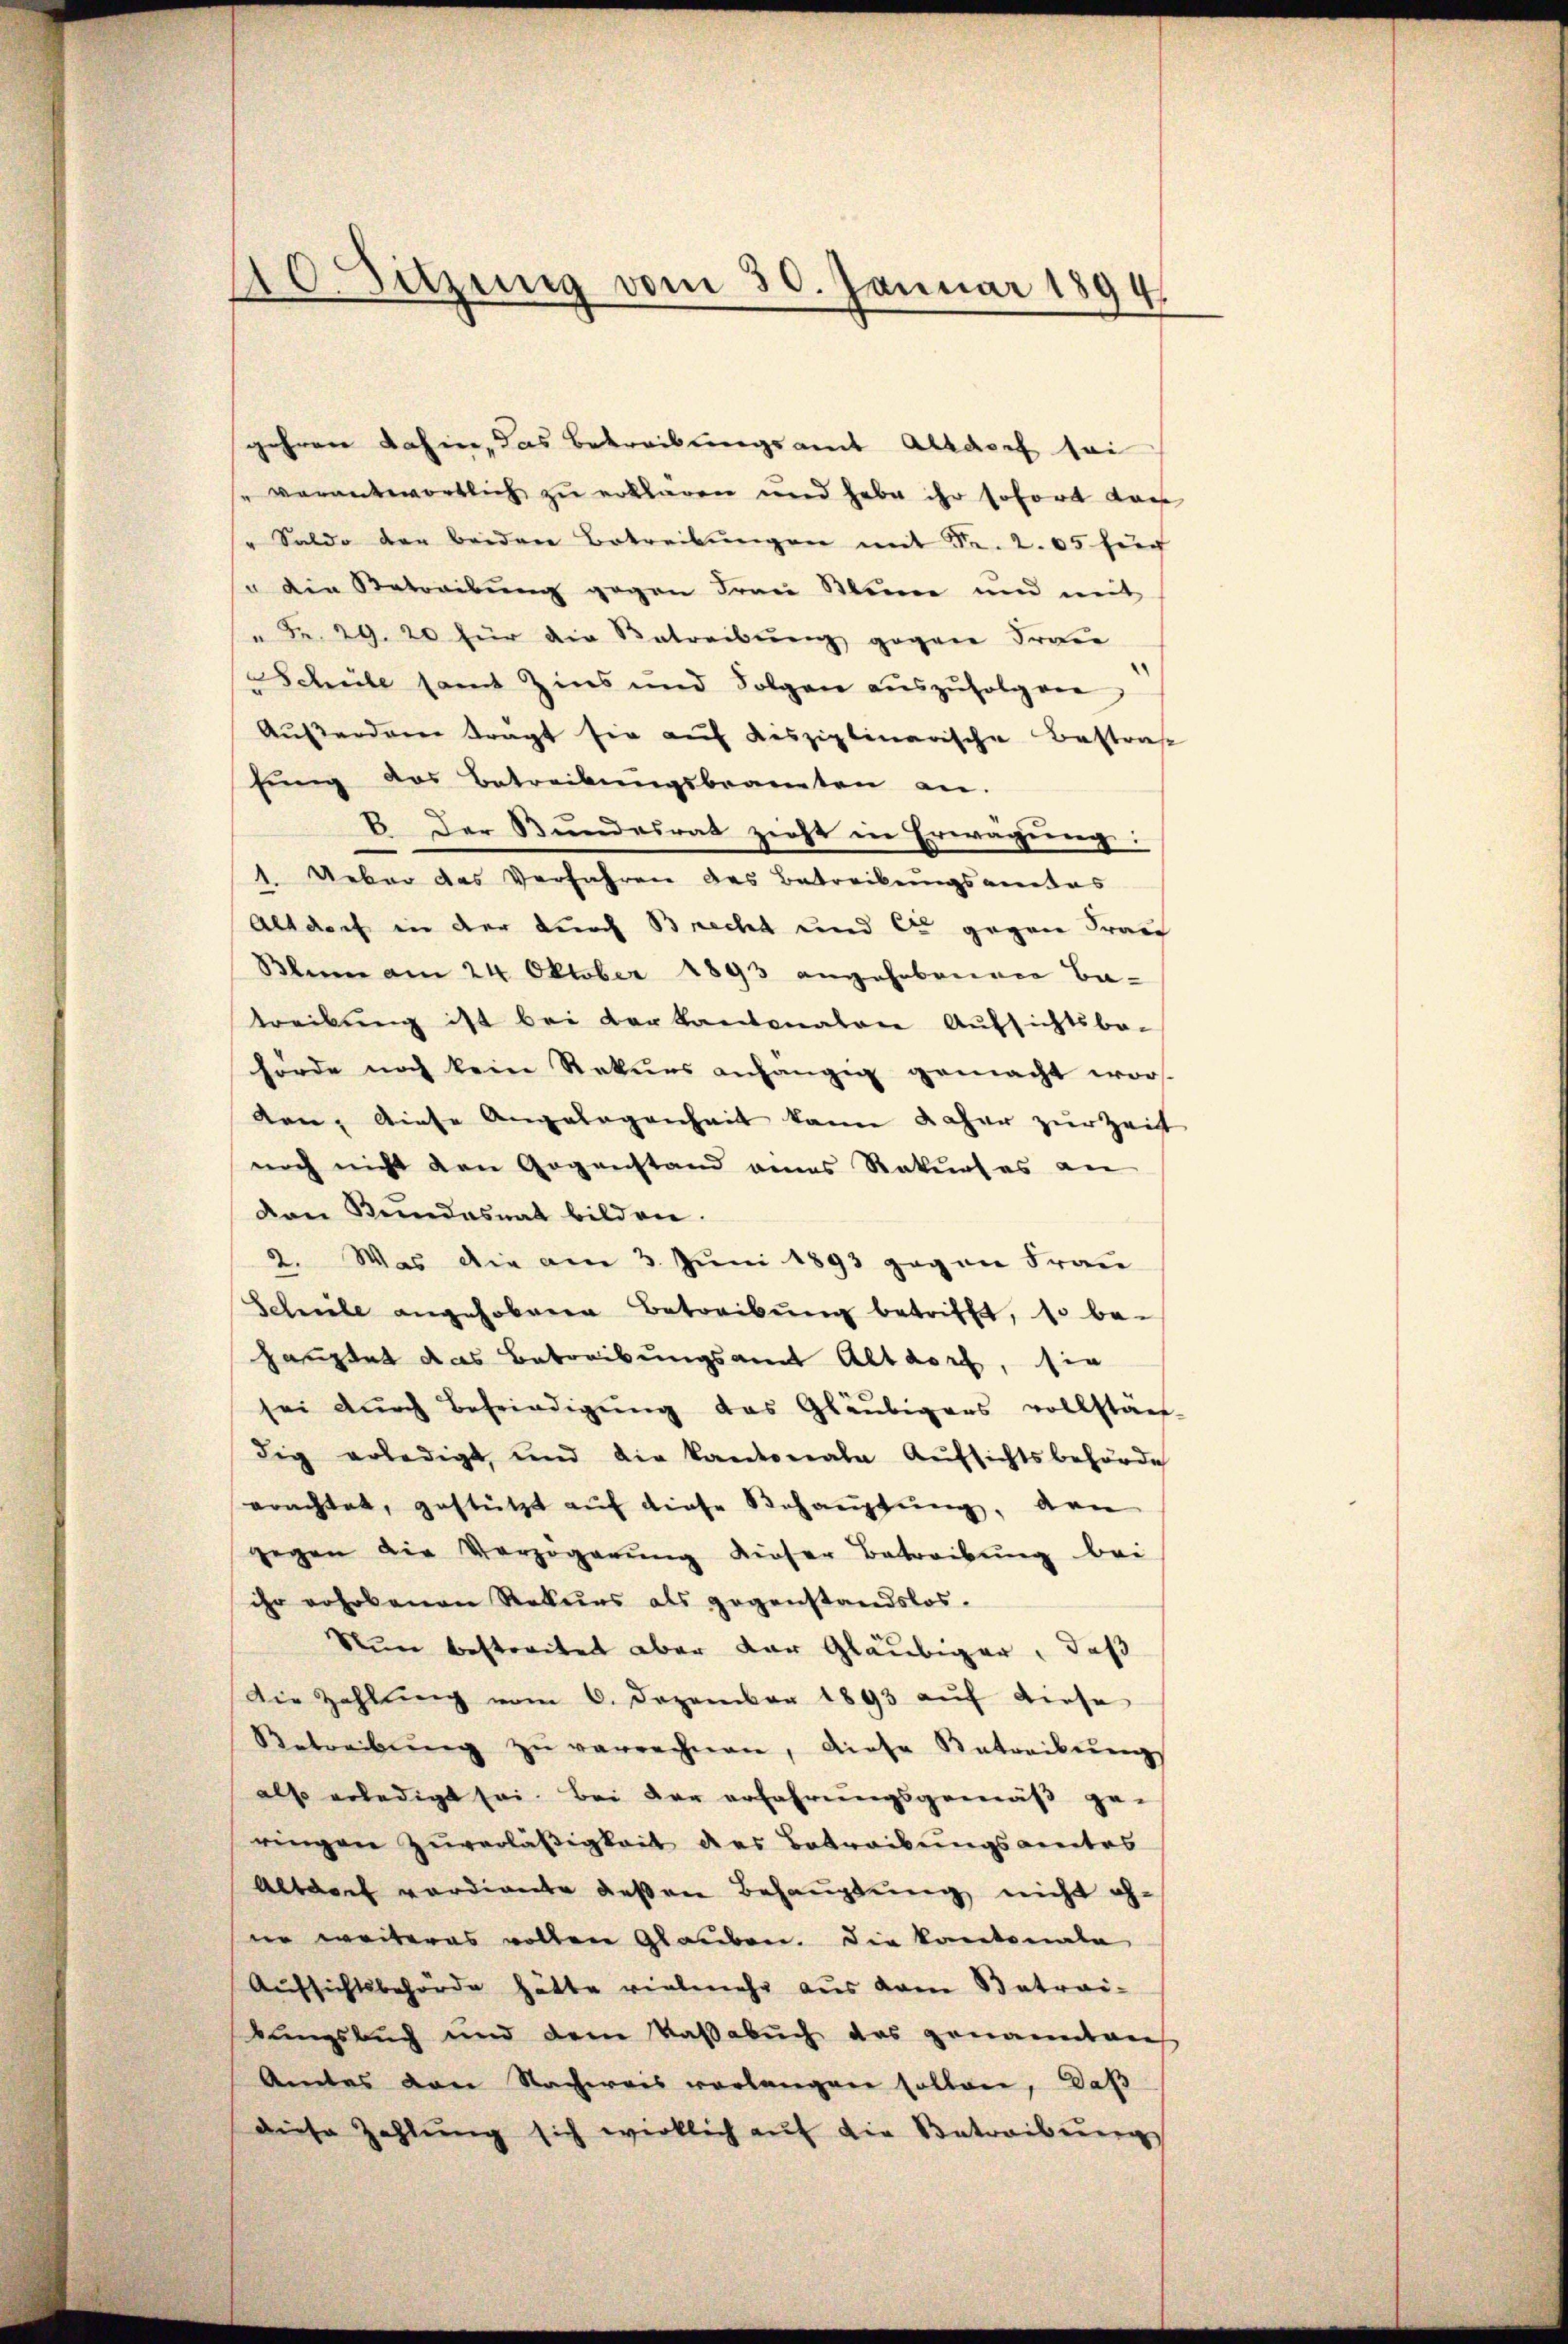
40. Sitzung vom 30. Januar 1894.

gehren dahin, das Betreibungsamt Altdorf sei
" verantwortlich zu erklären und habe ihr sofort dar
" Saldo der beiden Betreibŭngen mit Fr. 2. 65 für
u den Betreibung gegen Frau Kleine und mit
" Fr. 29. 20 für die Betreibung gegen Fraue
SSchule samt Zins und Folgen auszufolgen
Außerdenen trägt sie auf disziplinarische Bestraf
fung das Betreibungsbeamten an.
B. Der Bundesrat zieht in Erwägung:
1. Ueber das Verfahren des Betreibungsantas
Altdorf in der durch Brecht und die gegen Frau
Blum am 24. Oktober 1893 angehobenen Betreibung ist bei der kantonalen Aufsichtsbe-
hörde noch keine Rekurs anhängig gemacht worden, diese Angelegenheit kann daher zur Zeit
noch nicht den Gegenstand eines Rekurses an
van Kundasnat bilden.
2. Was die am 3. Juni 1893 gegen Frau
Schriebe angehobene Betreibŭng betrifft, so be-
hauptet das Betreibungsamt Altdorf, sie
sei dŭrch Befriedigŭng das Gläubigers vollstän-
dig erledigt, und die Kantonale Aufsichtsbehörde
erachtet, gestützt auf diese Behauptung, den
gegen die Verzögerung dieser Betreibung bei
ihr rohrbauen Rekurs als gegenstandslos.
Nun bestreitet aber der Gläubiger, daß
Die Zahlung vom 6. Dezember 1893 auf diese
Betreibŭng zŭ verrechnen, diese Betreibung
also erledigt sei. Bei der erfahrungsgemäß ge-
ringen Zuverläßigkeit des Betreibungsamtes
Altdorf verdiente deßen Behauptung nicht ofne weiteres vollen Glauben. Die Kantonale
Aufsichtsbehörde hätte vielmehr aus dem Betrai-
kungsbuch und dem Paßabuch das genannten
Amtes von Nachweis vorlangen sollen, daß
diese Zahlung sich wirklich auf die Betreibereng